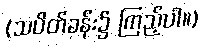
(သပိတ်ခန်း၌ ကြည့်ပါ။)